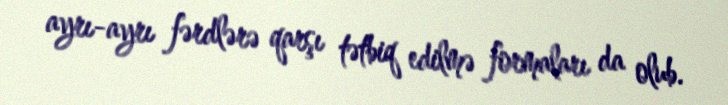
ayrı-ayrı fərdlərə qarşı tətbiq edilmə formaları da olub.